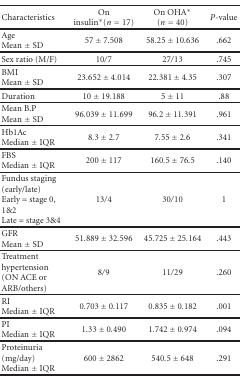
<table><thead><tr><td><b>Characteristics</b></td><td><b>On insulin*(<i>n</i> = 17)</b></td><td><b>On OHA* (<i>n</i> = 40)</b></td><td><b><i>P</i>-value</b></td></tr></thead><tbody><tr><td>Age Mean ± SD</td><td>57 ± 7.508</td><td>58.25 ± 10.636</td><td>.662</td></tr><tr><td>Sex ratio (M/F)</td><td>10/7</td><td>27/13</td><td>.745</td></tr><tr><td>BMI Mean ± SD</td><td>23.652 ± 4.014</td><td>22.381 ± 4.35</td><td>.307</td></tr><tr><td>Duration</td><td>10 ± 19.188</td><td>5 ± 11</td><td>.88</td></tr><tr><td>Mean B.P Mean ± SD</td><td>96.039 ± 11.699</td><td>96.2 ± 11.391</td><td>.961</td></tr><tr><td>Hb1Ac Median ± IQR</td><td>8.3 ± 2.7</td><td>7.55 ± 2.6</td><td>.341</td></tr><tr><td>FBS Median ± IQR</td><td>200 ± 117</td><td>160.5 ± 76.5</td><td>.140</td></tr><tr><td>Fundus staging (early/late) Early = stage 0, 1&amp;2 Late = stage 3&amp;4</td><td>13/4</td><td>30/10</td><td>1</td></tr><tr><td>GFRMean ± SD</td><td>51.889 ± 32.596</td><td>45.725 ± 25.164</td><td>.443</td></tr><tr><td>Treatment hypertension(ON ACE or ARB/others)</td><td>8/9</td><td>11/29</td><td>.260</td></tr><tr><td>RI Median ± IQR</td><td>0.703 ± 0.117</td><td>0.835 ± 0.182</td><td>.001</td></tr><tr><td>PI Median ± IQR</td><td>1.33 ± 0.490</td><td>1.742 ± 0.974</td><td>.094</td></tr><tr><td>Proteinuria (mg/day) Median ± IQR</td><td>600 ± 2862</td><td>540.5 ± 648</td><td>.291</td></tr></tbody></table>